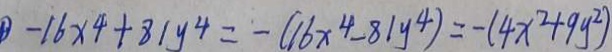
- 1 6 x ^ { 4 } - 8 1 y ^ { 4 } = ( - 1 6 x ^ { 4 } - 8 1 y ^ { 4 } ) = - ( 4 x ^ { 2 } + 9 y ^ { 2 } )